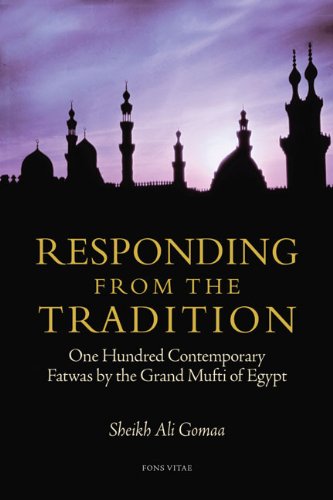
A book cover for Responding from the Tradition: One Hundred Contemporary Fatwas by the Grand Mufti of Egypt; Sheikh Ali Gomaa; Religion & Spirituality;